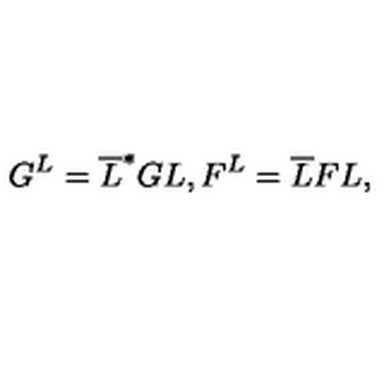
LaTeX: G ^ { L } = \overline { { L } } ^ { * } G L , F ^ { L } = \overline { { L } } F L ,